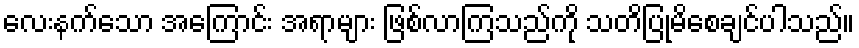
လေးနက်သော အကြောင်း အရာများ ဖြစ်လာကြသည်ကို သတိပြုမိစေချင်ပါသည်။